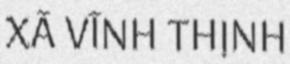
XÃ VĨNH THỊNH